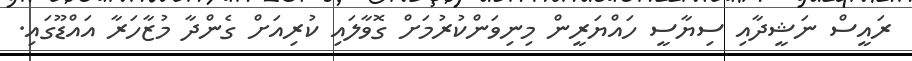
ރައީސް ނަޝީދާއި ސިޔާސީ ހައްޔަރީން މިނިވަންކުރުމަށް ގޮވާލައި ކުރިއަށް ގެންދާ މުޒާހަރާ އައްޑޫގައި.